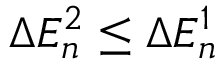
\Delta E _ { n } ^ { 2 } \leq \Delta E _ { n } ^ { 1 }